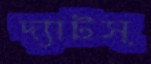
দ্যাটস্